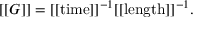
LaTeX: [ [ G ] ] = [ [ \mathrm { t i m e } ] ] ^ { - 1 } [ [ \mathrm { l e n g t h } ] ] ^ { - 1 } .